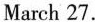
March 27.